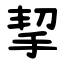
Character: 挈